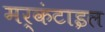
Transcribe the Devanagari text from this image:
मर्कंटाइल